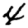
Digit: 4